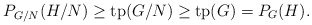
\begin{align*}P_{G/N}(H/N) \geq \mathrm{tp}(G/N) \geq \mathrm{tp}(G) = P_G(H).\end{align*}